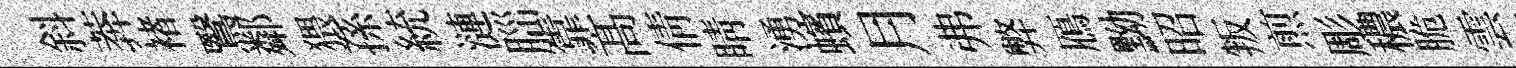
斜莾褚鷖鄰猥孫統漣𦛁靠髙倩睛湧蠙月弗弊鴈黝昭叛煎彫穠脆雲慨